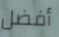
أفضل